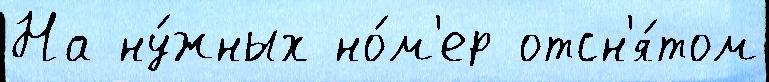
На ну́жных но́м'ер отсн'я́том